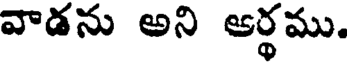
వాడను అని ఆర్థము.